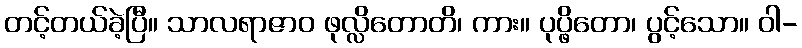
တင့်တယ်ခဲ့ပြီ။ သာလရာဇာဝ ဖုလ္လိတောတိ၊ ကား။ ပုပ္ဖိတော၊ ပွင့်သော။ ဝါ-